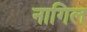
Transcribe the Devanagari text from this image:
नागिल